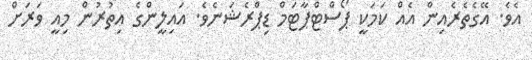
އެވެ. އޭގެތެރެއިން އެއް ކަމަކީ ޕޯސްޓްޕާޓަމް ޑިޕްރެޝަނެވެ. އައިލީންގެ އިތުރުން މިއީ ވަރަށް